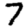
Digit: 7